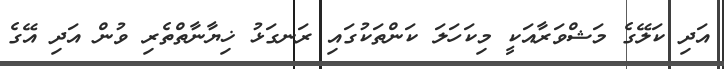
އަދި ކަލޭގެ މަޝްވަރާއަކީ މިކަހަލަ ކަންތަކުގައި ރަނގަޅު ޚިޔާނާތްތެރި ވުން އަދި އޭގެ